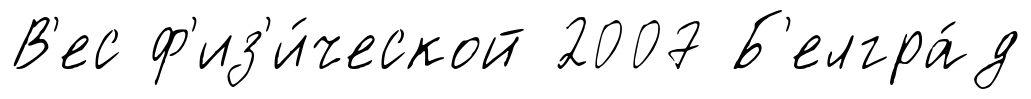
В'ес ф'из'и́ческой 2007 Б'елгра́д